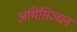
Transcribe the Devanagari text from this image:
अभिसिञ्चन